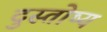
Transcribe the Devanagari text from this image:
दुस्तोष्य